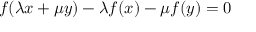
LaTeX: f ( \lambda x + \mu y ) - \lambda f ( x ) - \mu f ( y ) = 0